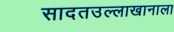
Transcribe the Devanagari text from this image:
सादतउल्लाखानाला